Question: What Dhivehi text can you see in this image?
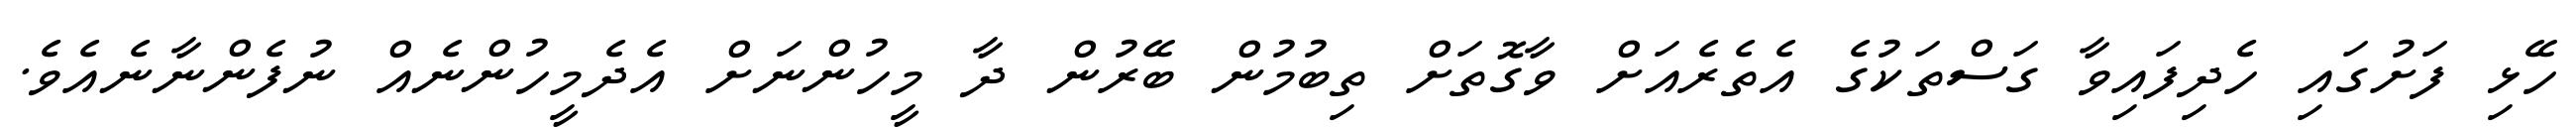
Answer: ހޭޅި ފަށުގައި ހެދިފައިވާ ގަސްތަކުގެ އެތެރެއަށް ވާގޮތަށް ތިބުމުން ބޭރުން ދާ މީހުންނަށް އެދެމީހުންނެއް ނުފެންނާނެއެވެ.